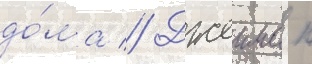
до́ма // Джеимс п